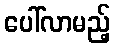
ပေါ်လာမည့်